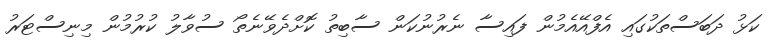
ކަޅު ދަބަސްތަކުގައި އެފްއޭއެމުން ފައިސާ ނެރުނުކަން ސާބިތު ކޮށްދެވޭނެތޯ ސުވާލު ކުރުމުން މިނިސްޓަރު